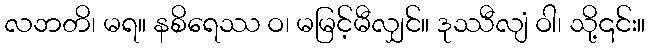
လဘတိ၊ မရ။ နစိရေဿ ဝ၊ မမြင့်မီလျှင်။ ဒုဿီလျံ ဝါ၊ သို့၎င်း။